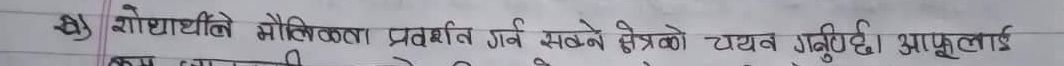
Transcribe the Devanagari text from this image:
शोधाधर्मीले मौलिकता प्रदर्शन एवं सक्ने क्षेत्रको चयन गर्नुपर्छ । आफूलाई